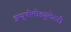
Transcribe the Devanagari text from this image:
इम्यूनोमोड्युलेटरी